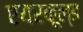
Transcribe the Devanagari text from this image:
एयरकूल्ड